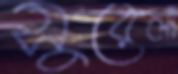
সুরেলা